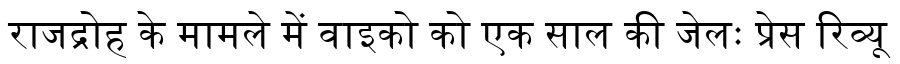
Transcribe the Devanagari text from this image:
राजद्रोह के मामले में वाइको को एक साल की जेलः प्रेस रिव्यू